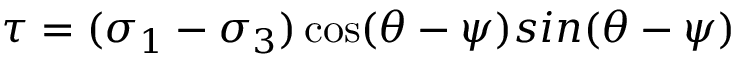
\tau = ( \sigma _ { 1 } - \sigma _ { 3 } ) \cos ( \theta - \psi ) s i n ( \theta - \psi )